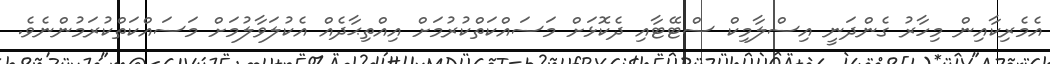
އެމެރިކާއިން މިހާރު ގެންދަނީ އިސްލާމިކް ސްޓޭޓާއި ދެކޮޅަށް މަސައްކަތްކުރުމަށް އިއްތިޙާދެއް އެކުލަވާލުމަށް މަސައްކަތްކުރަމުންނެވެ.